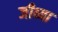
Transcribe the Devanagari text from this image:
जीव्या